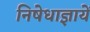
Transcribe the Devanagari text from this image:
निषेधाज्ञायें